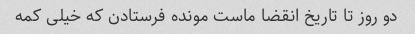
دو روز تا تاریخ انقضا ماست مونده فرستادن که خیلی کمه